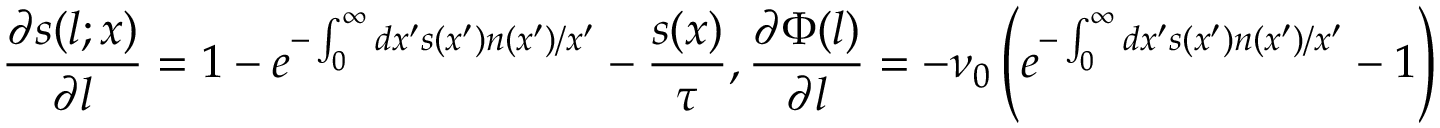
\frac { \partial s ( l ; x ) } { \partial l } = 1 - e ^ { - \int _ { 0 } ^ { \infty } d x ^ { \prime } s ( x ^ { \prime } ) n ( x ^ { \prime } ) / x ^ { \prime } } - \frac { s ( x ) } { \tau } , \frac { \partial \Phi ( l ) } { \partial l } = - \nu _ { 0 } \left( e ^ { - \int _ { 0 } ^ { \infty } d x ^ { \prime } s ( x ^ { \prime } ) n ( x ^ { \prime } ) / x ^ { \prime } } - 1 \right)